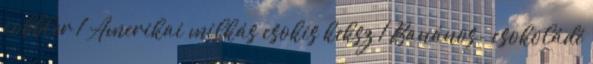
cobbler 1 Amerikai milkás csokis keksz 1 Banános- csokoládé